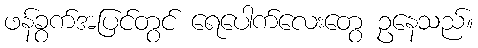
ဖန်ခွက်အပြင်တွင် ရေပေါက်လေးတွေ ဥနေသည်။